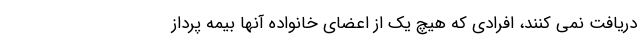
دریافت نمی کنند، افرادی که هیچ یک از اعضای خانواده آنها بیمه پرداز